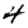
Digit: 4